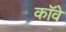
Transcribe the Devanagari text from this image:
कॉवे